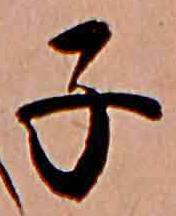
子